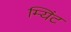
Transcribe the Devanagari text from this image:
म्यिंट